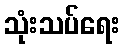
သုံးသပ်ရေး